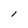
Character: l